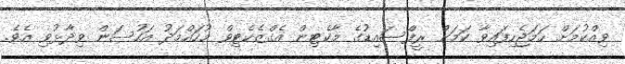
ވިއްކުމަށް ހަމަޖެހިފައިވާ ކަމަށް ރީފްސައިޑުގެ މާކެޓިން އެގްޒެކެޓިވް މުހައްމަދު އަހުސަން ވިދާޅުވި އެވެ.